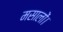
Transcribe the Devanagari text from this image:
मसालों।